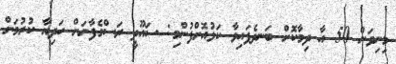
މިނިވަން 50 އާ ދިމާކޮށް ބަނދެފައިވާ ކަޅުއޮށްފުންމި: ސައޫދީ ރަސްގެފާނަށް ހަދިޔާ ކުރުމަށް